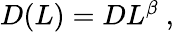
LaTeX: \begin{array}{r}{D(L)=DL^{\beta}\ ,}\end{array}